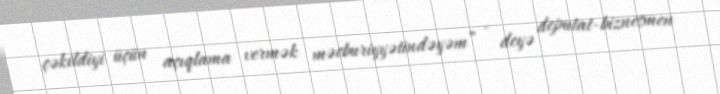
çəkildiyi üçün açıqlama vermək məcburiyyətindəyəm” - deyə deputat-biznesmen